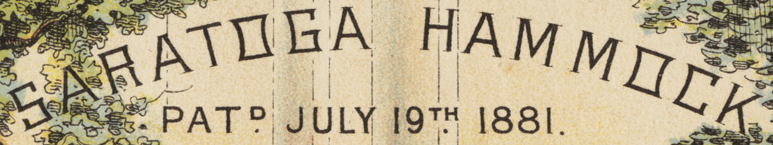
SARATOGA HAMMOCK